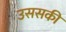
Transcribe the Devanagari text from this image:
उससकी